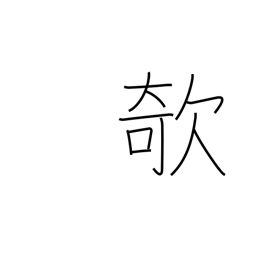
Meaning: prick up (one's ears)